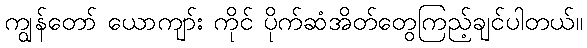
ကျွန်တော် ယောကျာ်း ကိုင် ပိုက်ဆံအိတ်တွေကြည့်ချင်ပါတယ်။